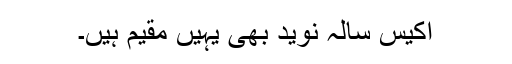
اکیس سالہ نوید بھی یہیں مقیم ہیں۔